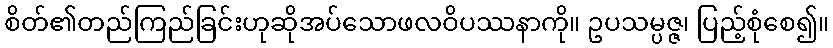
စိတ်၏တည်ကြည်ခြင်းဟုဆိုအပ်သောဖလဝိပဿနာကို။ ဥပသမ္ပဇ္ဇ၊ ပြည့်စုံစေ၍။